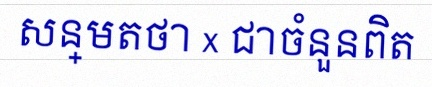
សន្មតថា x ជាចំនួនពិត